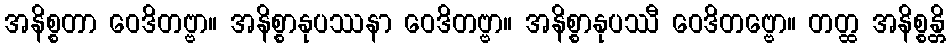
အနိစ္စတာ ဝေဒိတဗ္ဗာ။ အနိစ္စာနုပဿနာ ဝေဒိတဗ္ဗာ။ အနိစ္စာနုပဿီ ဝေဒိတဗ္ဗော။ တတ္ထ အနိစ္စန္တိ